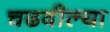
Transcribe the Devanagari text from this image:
चढवील्या